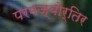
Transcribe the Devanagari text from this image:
परमज्‍योर्तिर